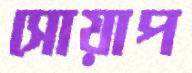
সোয়াপ